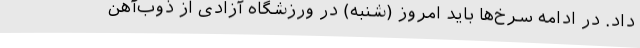
داد. در ادامه سرخ‌ها باید امروز (شنبه) در ورزشگاه آزادی از ذوب‌آهن